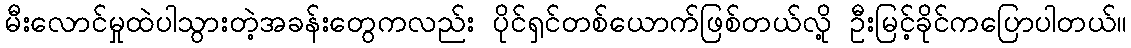
မီးလောင်မှုထဲပါသွားတဲ့အခန်းတွေကလည်း ပိုင်ရှင်တစ်ယောက်ဖြစ်တယ်လို့ ဦးမြင့်ခိုင်ကပြောပါတယ်။